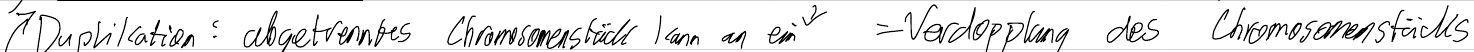
Duplikation: abgetrenntes Chromosomenstück kann an ein = Verdopplung des Chromosomenstücks